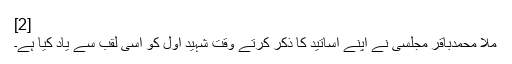
[2]
ملا محمدباقر مجلسی‌ نے اپنے اساتید کا ذکر کرتے وقت شہید اول کو اسی لقب سے یاد کیا ہے۔